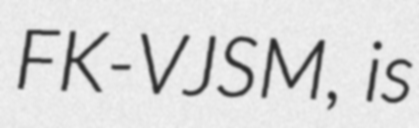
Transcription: FK-VJSM, is